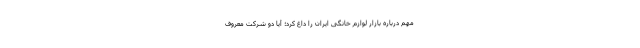
مهم درباره بازار لوازم خانگی ایران را داغ کرد؛ آیا دو شرکت معروف